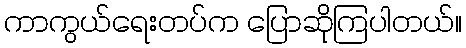
ကာကွယ်ရေးတပ်က ပြောဆိုကြပါတယ်။